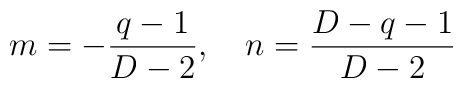
m=-\frac{q-1}{D-2}, \quad n=\frac{D-q-1}{D-2}